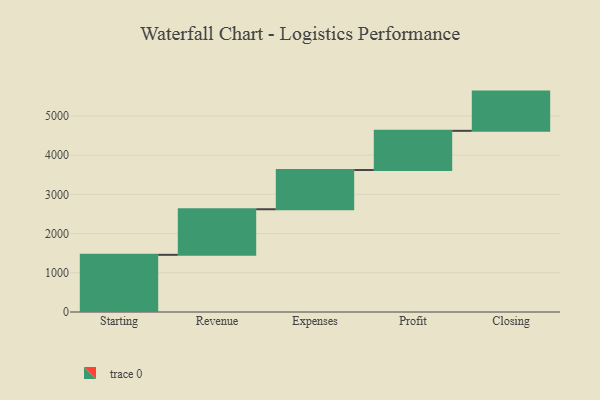
{"axis": {"x": "Step", "y": "Value"}, "legend": [""], "data": [{"x": "Starting", "y": 1458.0, "type": ""}, {"x": "Revenue", "y": 1162.0, "type": ""}, {"x": "Expenses", "y": 1000, "type": ""}, {"x": "Profit", "y": 1000, "type": ""}, {"x": "Closing", "y": 1000, "type": ""}]}